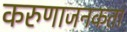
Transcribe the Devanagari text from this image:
करुणाजनकता